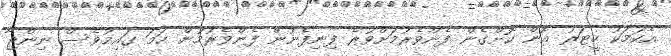
އެކަމަކު ހީޓަރު އޮން ކޮށްގެން ފެންވެރުމަށްވުރެ ފިނިފެނުން ފެންވެރުމުން ހަމަ ގައިމުވެސް ނިންޖާ